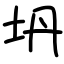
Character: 坍